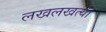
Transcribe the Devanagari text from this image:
लखलखत्या